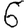
Digit: 6